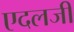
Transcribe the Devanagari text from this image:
एदलजी